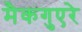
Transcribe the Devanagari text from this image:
मैकगुएरे